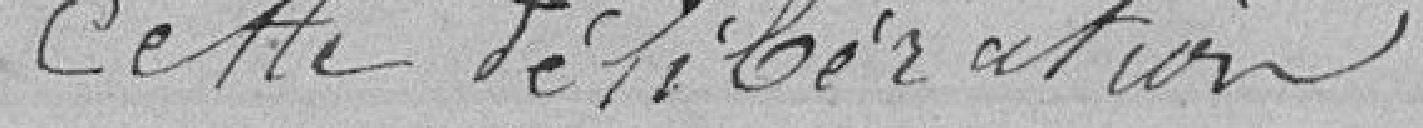
cette délibération.